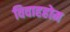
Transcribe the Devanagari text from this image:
विवाहहोम